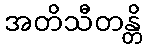
အတိသီတန္တိ